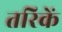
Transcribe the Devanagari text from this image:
तरिकें